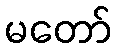
မတော်